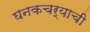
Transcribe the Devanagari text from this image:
घनकचर्‍याची